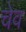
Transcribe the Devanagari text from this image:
चेव